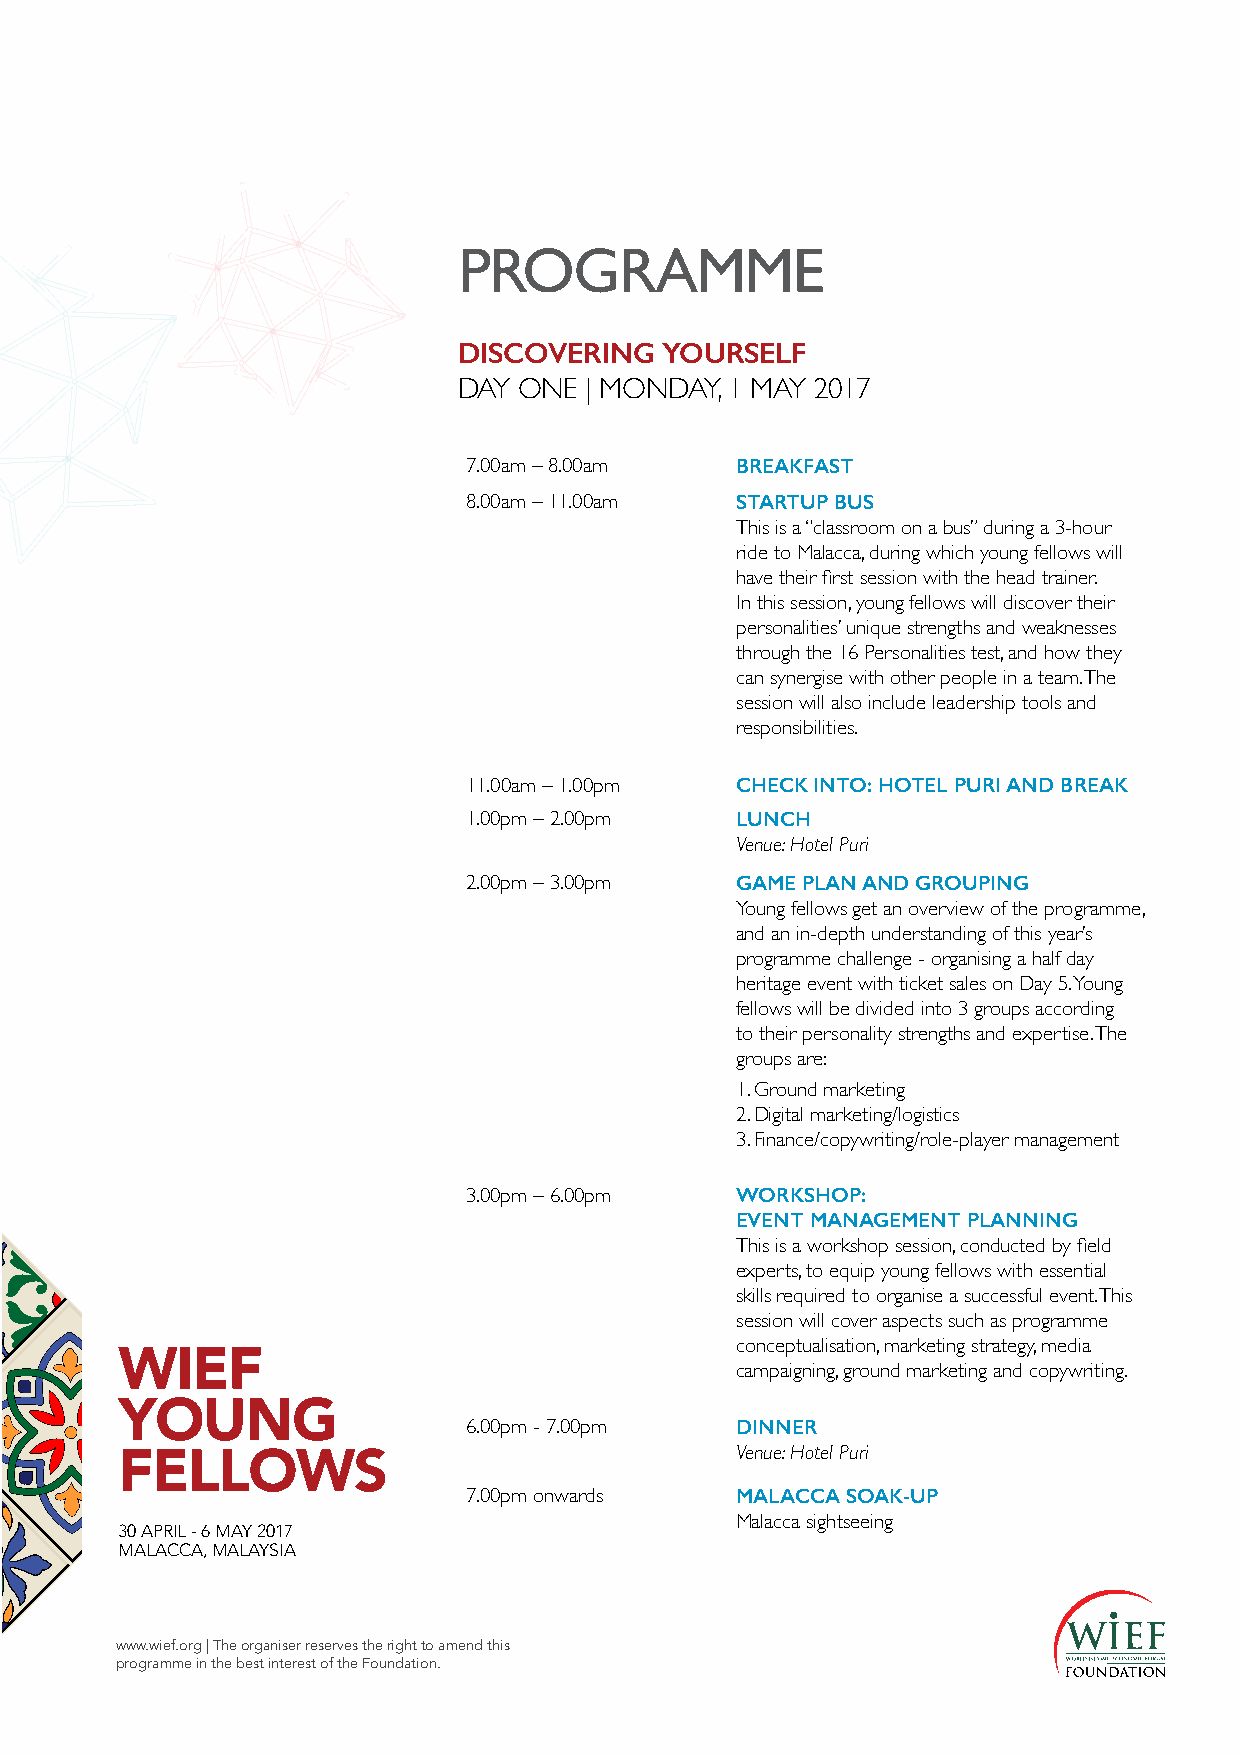
PROGRAMME
 DISCOVERING   YOURSELF
 DAY ONE  | MONDAY, 1 MAY 2017
 7.00am – 8.00am   BREAKFAST
 8.00am – 11.00am  STARTUP BUS
 This is a “classroom on a bus” during a 3-hour
 ride to Malacca, during which young fellows will
 have their first session with the head trainer.
 In this session, young fellows will discover their
 personalities’ unique strengths and weaknesses
 through the 16 Personalities test, and how they
 can synergise with other people in a team. The
 session will also include leadership tools and
 responsibilities.
 11.00am – 1.00pm  CHECK INTO: HOTEL PURI AND BREAK
 1.00pm – 2.00pm   LUNCH
 Venue: Hotel Puri
 2.00pm – 3.00pm   GAME PLAN AND GROUPING
 Young fellows get an overview of the programme,
 and an in-depth understanding of this year’s
 programme challenge - organising a half day
 heritage event with ticket sales on Day 5. Young
 fellows will be divided into 3 groups according
 to their personality strengths and expertise. The
 groups are:
 1. Ground marketing
 2. Digital marketing/logistics
 3. Finance/copywriting/role-player management
 3.00pm – 6.00pm   WORKSHOP:
 EVENT MANAGEMENT PLANNING
 This is a workshop session, conducted by field
 experts, to equip young fellows with essential
 skills required to organise a successful event. This
 session will cover aspects such as programme
 WIEF                                     conceptualisation, marketing strategy, media
 campaigning, ground marketing and copywriting.
 YOUNG
 6.00pm - 7.00pm   DINNER
 FELLOWS                                  Venue: Hotel Puri
 7.00pm onwards    MALACCA SOAK-UP
 Malacca sightseeing
 30 APRIL - 6 MAY 2017
 MALACCA, MALAYSIA
 www.wief.org | The organiser reserves the right to amend this
 programme in the best interest of the Foundation.